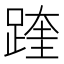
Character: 䠑